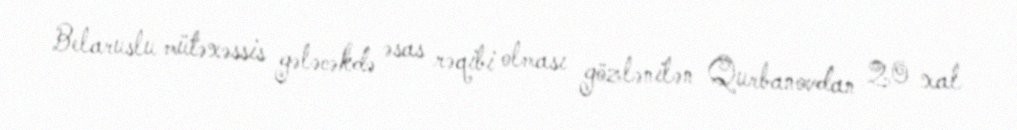
Belaruslu mütəxəssis gələcəkdə əsas rəqibi olması gözlənilən Qurbanovdan 20 xal